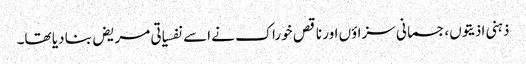
ذہنی اذیتوں،جسمانی سزاؤں اور ناقص خوراک نے اسے نفسیاتی مریض بنا دیا تھا۔